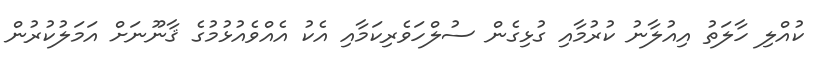
ކުއްލި ހާލަތު އިއުލާނު ކުރުމާއި ގުޅިގެން ސުލްހަވެރިކަމާއި އެކު އެއްވެއުޅުމުގެ ޤާނޫނަށް އަމަލުކުރުން